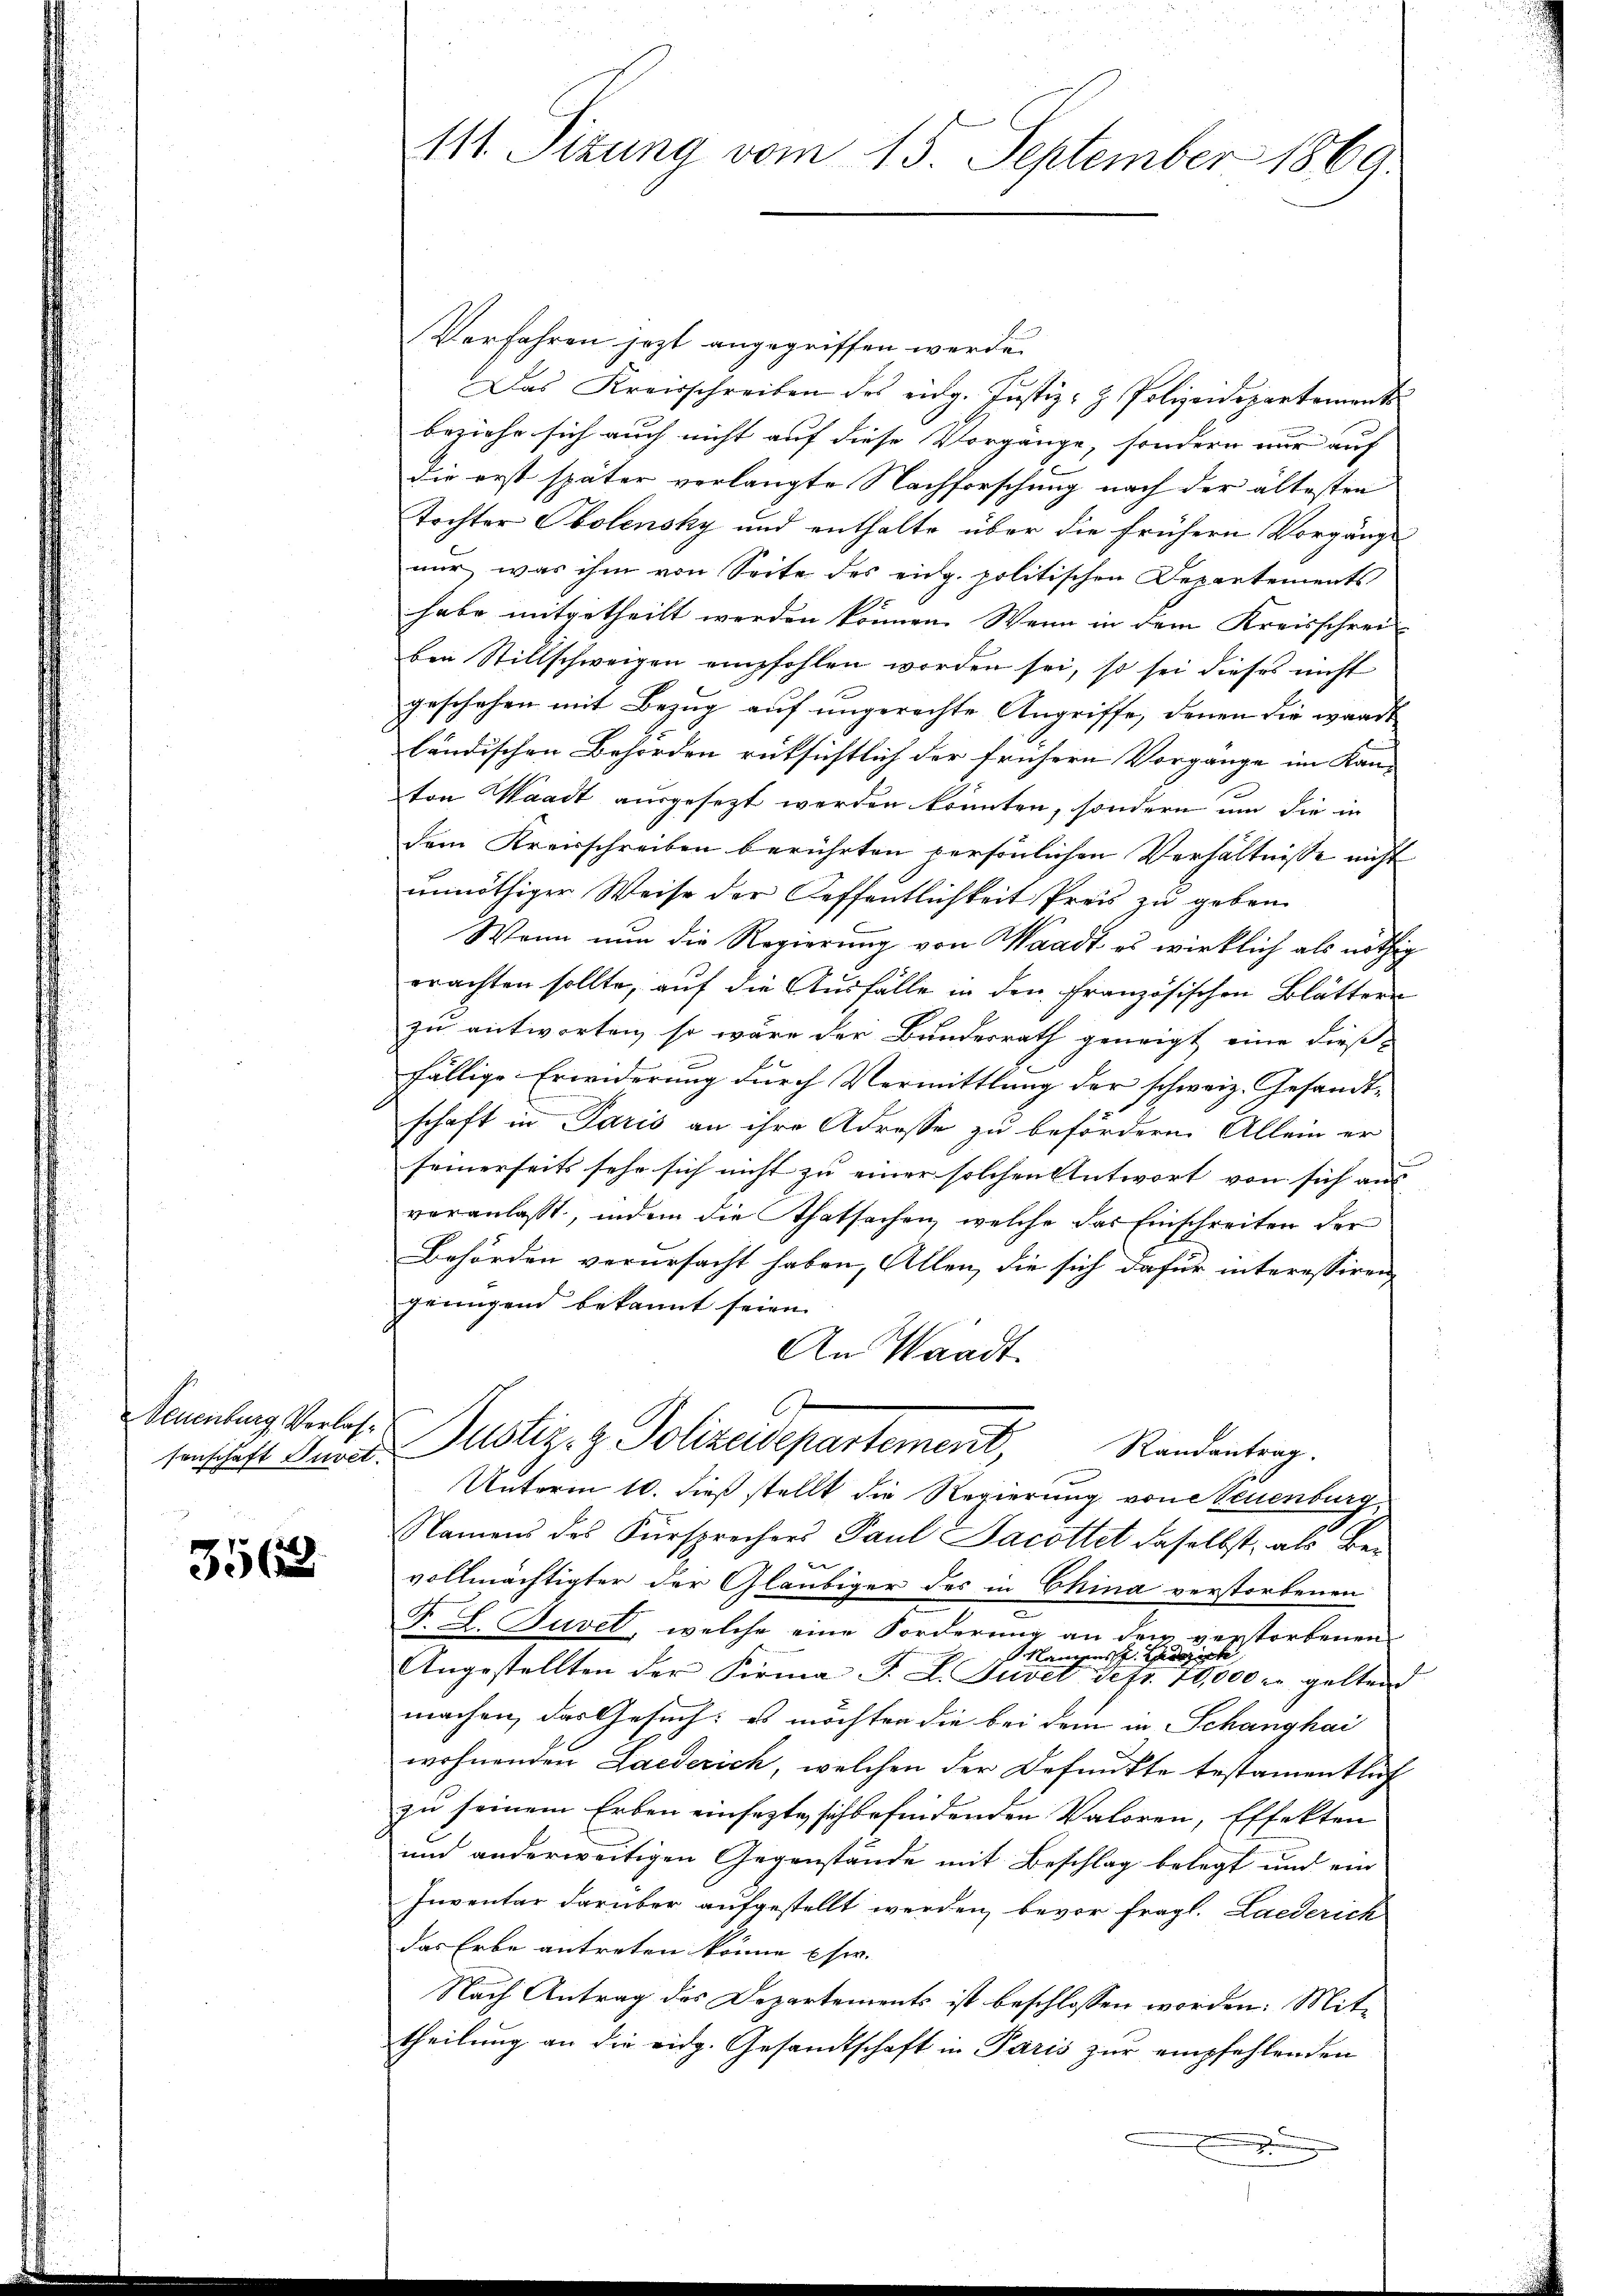
Seuenburg Verlas¬

3568

111. Sizung vom 15. September 1869

Verfahren jezt angegriffen werde.
Das Kreisschreiben des eidg. Justiz- & Polizeidepartements
beziehe sich auch nicht auf diese Vorgänge, sondern nur auf
Die erst später verlangte Nachforschung nach der ältesten
Tochter Obolensky und enthalte über die frühern Vorgänge
nur, was ihm von Seite des eng. politischen Departements
habe mitgetheilt werden können. Wenn in dem Kreisschrei-
ben Stillschweigen empfohlen worden sei, so sei dieses nicht
geschehen mit Bezug auf ungerechte Angriffe, denen die waadt
ländischen Behörden rüksichtlich der frühern Vorgange im Kan-
ton Waadt ausgesezt werden könnten, sondern um die in
dem Kreisschreiben berührten persönlichen Verhältnisse nicht
unnöthiger Weise der Oeffentlichkeit Preis zu geben.
Wann nun die Regierung von Waadt es wirklich als nöthig
erachten sollte, auf die Ausfälle in den Französischen Blättern
zu antworten, so wäre der Bundesrath geneigt eine dießfällige Erwiderung durch Vermittlung der schweiz. Gesandt-
schaft in Paris an ihre Adresse zu befördern. Allein er
seinerseits sehr sich nicht zu einer solchen Antwort von sich aus
veranlaßt, indem die Thatsachen, welche das Einschreiten der
Behörden verursacht haben, Allen, die sich dafür interessiren,
genügend bekannt seien.
An Waadt
f
senschaft Auvet. Mustiz- & Polizeidepartement, Randantrag.
Unterm 10. dieß stellt die Regierung von Neuenburg
Namens des Fürsprechers Paul Jacottet daselbst, als Be¬

vollmächtigter der Gläubiger des in China verstorbenen
F. L. Juvet, welche eine Forderung an dem verstorbenen
Namens der
Angestellten der Firma J. L. Juvet Sefr. 70,000 r. geltend
machen, das Gesuch: es möchten die bei dem in Schanghai
wohnenden Laederich, welchen der Befunkte testamentlich
zu seinem Erben einsezte sich befindenden Valoren, Effekten
und anderweitigen Gegenstände mit Beschlag belegt und ein
Inventar darüber aufgestellt werden, bevor fragl. Laederich
das Erbe antreten könne usw. |
Nach Antrag des Departements ist beschlossen worden. Mittheilung an die eidg. Gesandtschaft in Paris zur empfehlenden
.